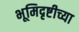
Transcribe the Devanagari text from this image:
भूमिदृष्टीच्या